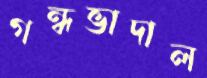
গন্ধভাদাল